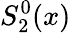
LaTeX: S_{2}^{0}(x)